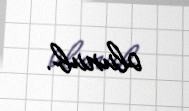
olunub.